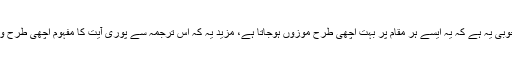
اس ترجمہ کی خوبی یہ ہے کہ یہ ایسے ہر مقام پر بہت اچھی طرح موزوں ہوجاتا ہے، مزید یہ کہ اس ترجمہ سے پوری آیت کا مفہوم اچھی طرح واضح ہوجاتا ہے۔